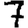
Digit: 7